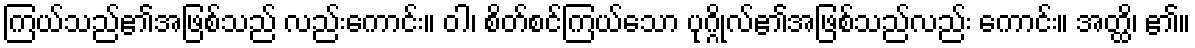
ကြယ်သည်၏အဖြစ်သည် လည်းကောင်း။ ဝါ၊ စိတ်စင်ကြယ်သော ပုဂ္ဂိုလ်၏အဖြစ်သည်လည်း ကောင်း။ အတ္ထိ၊ ၏။